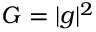
G = | g | ^ { 2 }